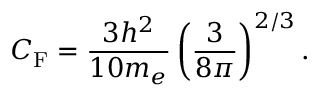
C _ { \mathrm { F } } = { \frac { 3 h ^ { 2 } } { 1 0 m _ { e } } } \left( { \frac { 3 } { 8 \pi } } \right) ^ { 2 / 3 } .